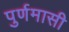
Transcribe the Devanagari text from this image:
पुर्णमासी